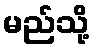
မည်သို့